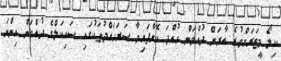
ކިލޯ މީޓަރަށްވުރެ ބާރަށް ދުއްވަން ހުއްދަ ކޮށްފައިވާ ސަރަހައްދުތަކުގައި ސައިކަލްގެ ދުއްވަން އިންނަ